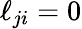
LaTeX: \ell_{ji}=0